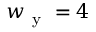
w _ { \mathrm { ~ y ~ } } = 4